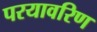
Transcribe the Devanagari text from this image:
परयावरिण